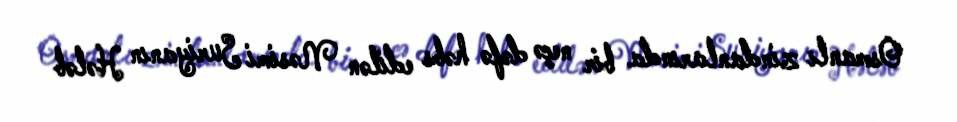
Osmanlı zindanlarında bir neçə dəfə həbs edilən Nəsimi Suriyanın Hələb